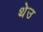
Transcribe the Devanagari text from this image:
थेउ